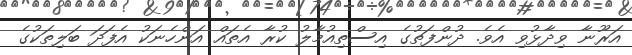
އަރޫނާ ވިދާޅުވި އެވެ. ދުންފަތުގެ އިސްތިއުމާލު ކުރާ އެތައް އަންހެނަކު އެފަދަ ބަލިތަކުގެ